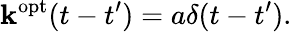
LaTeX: \mathbf{k}^{\mathrm{{opt}}}(t-t^{\prime})=a\delta(t-t^{\prime}).